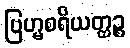
ဗြဟ္မစရိယတ္ထဉ္စ